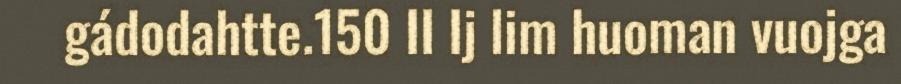
gádodahtte.150 II Ij lim huoman vuojga